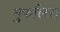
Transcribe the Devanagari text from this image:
मुफलिस